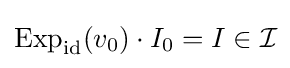
\operatorname {Exp} _{\mathrm {id} }(v_{0})\cdot I_{0}=I\in {\mathcal {I}}